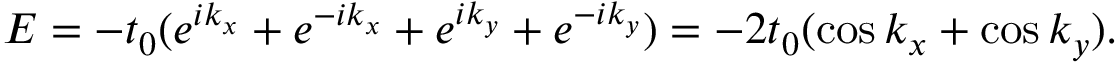
E = - t _ { 0 } ( e ^ { i k _ { x } } + e ^ { - i k _ { x } } + e ^ { i k _ { y } } + e ^ { - i k _ { y } } ) = - 2 t _ { 0 } ( \cos k _ { x } + \cos k _ { y } ) .